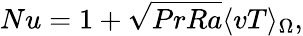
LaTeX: Nu=1+\sqrt{PrRa}\langle vT\rangle_{\Omega},